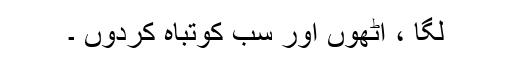
لگا ، اٹھوں اور سب کوتباہ کردوں ۔